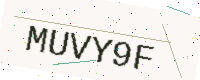
Text: MUVY9F